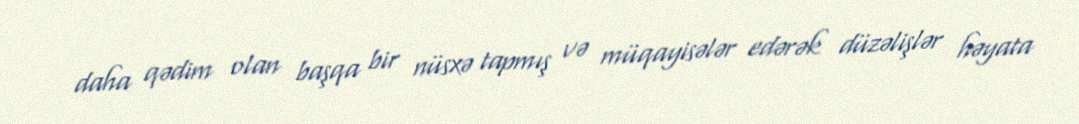
daha qədim olan başqa bir nüsxə tapmış və müqayisələr edərək düzəlişlər həyata